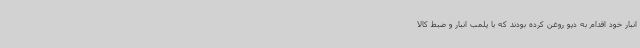
انبار خود اقدام به دپو روغن کرده بودند که با پلمب انبار و ضبط کالا